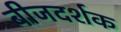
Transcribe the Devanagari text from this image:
बीजदर्शक